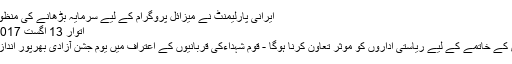
ایرانی پارلیمنٹ نے میزائل پروگرام کے لیے سرمایہ بڑھانے کی منظوری دے دی
اتوار 13 اگست 2017 - 14:40
دہشت گردی کے خاتمے کے لیے ریاستی اداروں کو موثر تعاون کرنا ہوگا - قوم شہداءکی قربانیوں کے اعتراف میں یوم جشن آزادی بھرپور انداز میں منائے۔